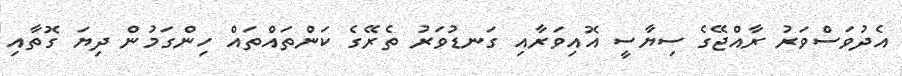
އެދުވަސްވަރު ރާއްޖޭގެ ސިޔާސީ އޮއިވަރާއި ގަނޑުވަރު ތެރޭގެ ކަންތައްތައް ހިންގަމުން ދިޔަ ގޮތާއި